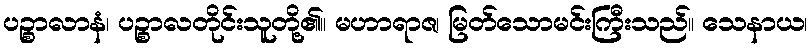
ပဉ္စာလာနံ၊ ပဉ္စာလတိုင်းသူတို့၏။ မဟာရာဇ၊ မြတ်သောမင်းကြီးသည်။ သေနာယ၊